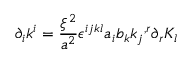
{ \partial } _ { i } k ^ { i } = \frac { { \xi } ^ { 2 } } { a ^ { 2 } } { \epsilon } ^ { i j k l } a _ { i } b _ { k } { k _ { j } } ^ { , r } { \partial } _ { r } K _ { l }